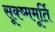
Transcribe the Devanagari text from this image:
सूक्ष्ममूर्ति